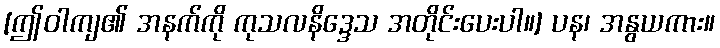
[ဤဝါကျ၏ အနက်ကို ကုသလနိဒ္ဒေသ အတိုင်းပေးပါ။] ပန၊ အနွယကား။